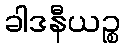
ခါဒနီယဉ္စ